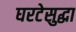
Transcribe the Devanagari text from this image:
घरटेसुद्धा